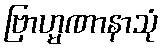
ဗြာဟ္မဏာနာသုံ